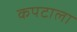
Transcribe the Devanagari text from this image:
कपटाला